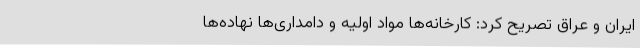
ایران و عراق تصریح کرد: کارخانه‌ها مواد اولیه و دامداری‌ها نهاده‌ها